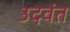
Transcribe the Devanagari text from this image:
उदवंत